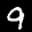
Label: 9